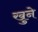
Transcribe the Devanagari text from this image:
खुने